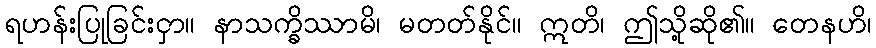
ရဟန်းပြုခြင်းငှာ။ နာသက္ခိဿာမိ၊ မတတ်နိုင်။ ဣတိ၊ ဤသို့ဆို၏။ တေနဟိ၊